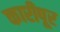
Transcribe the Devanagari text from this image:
कारीपूर